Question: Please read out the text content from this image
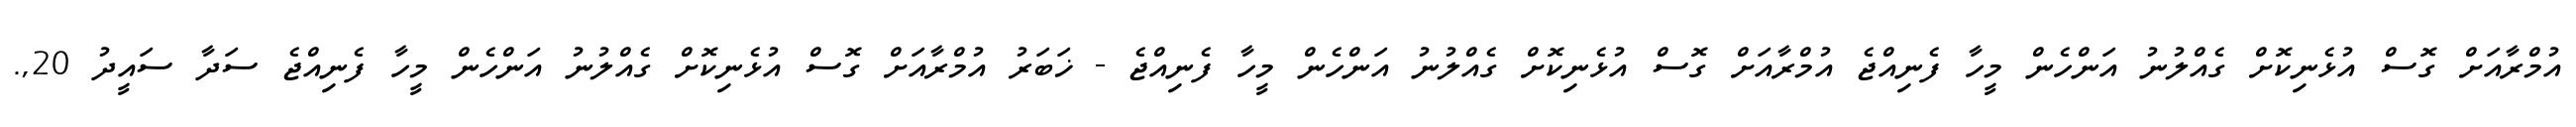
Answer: އުމްރާއަށް ގޮސް އުޅެނިކޮށް ގެއްލުނު އަންހެން މީހާ ފެނިއްޖެ އުމްރާއަށް ގޮސް އުޅެނިކޮށް ގެއްލުނު އަންހެން މީހާ ފެނިއްޖެ - ޚަބަރު އުމްރާއަށް ގޮސް އުޅެނިކޮށް ގެއްލުނު އަންހެން މީހާ ފެނިއްޖެ ސަދާ ސައީދު 20,.